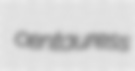
centauress